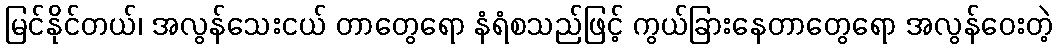
မြင်နိုင်တယ်၊ အလွန်သေးငယ် တာတွေရော နံရံစသည်ဖြင့် ကွယ်ခြားနေတာတွေရော အလွန်ဝေးတဲ့